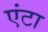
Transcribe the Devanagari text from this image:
एंटा